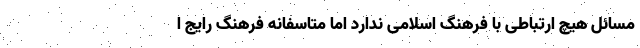
مسائل هیچ ارتباطی با فرهنگ اسلامی ندارد اما متاسفانه فرهنگ رایج ا